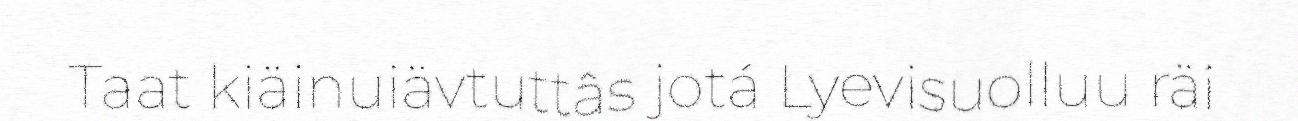
Taat kiäinuiävtuttâs jotá Lyevisuolluu räi